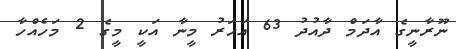
ނޫރާނީގެ އާދަމް ދާއުދު 63 އަހަރު މީނާ އަކީ މީގެ 2 މަހެއްހާ